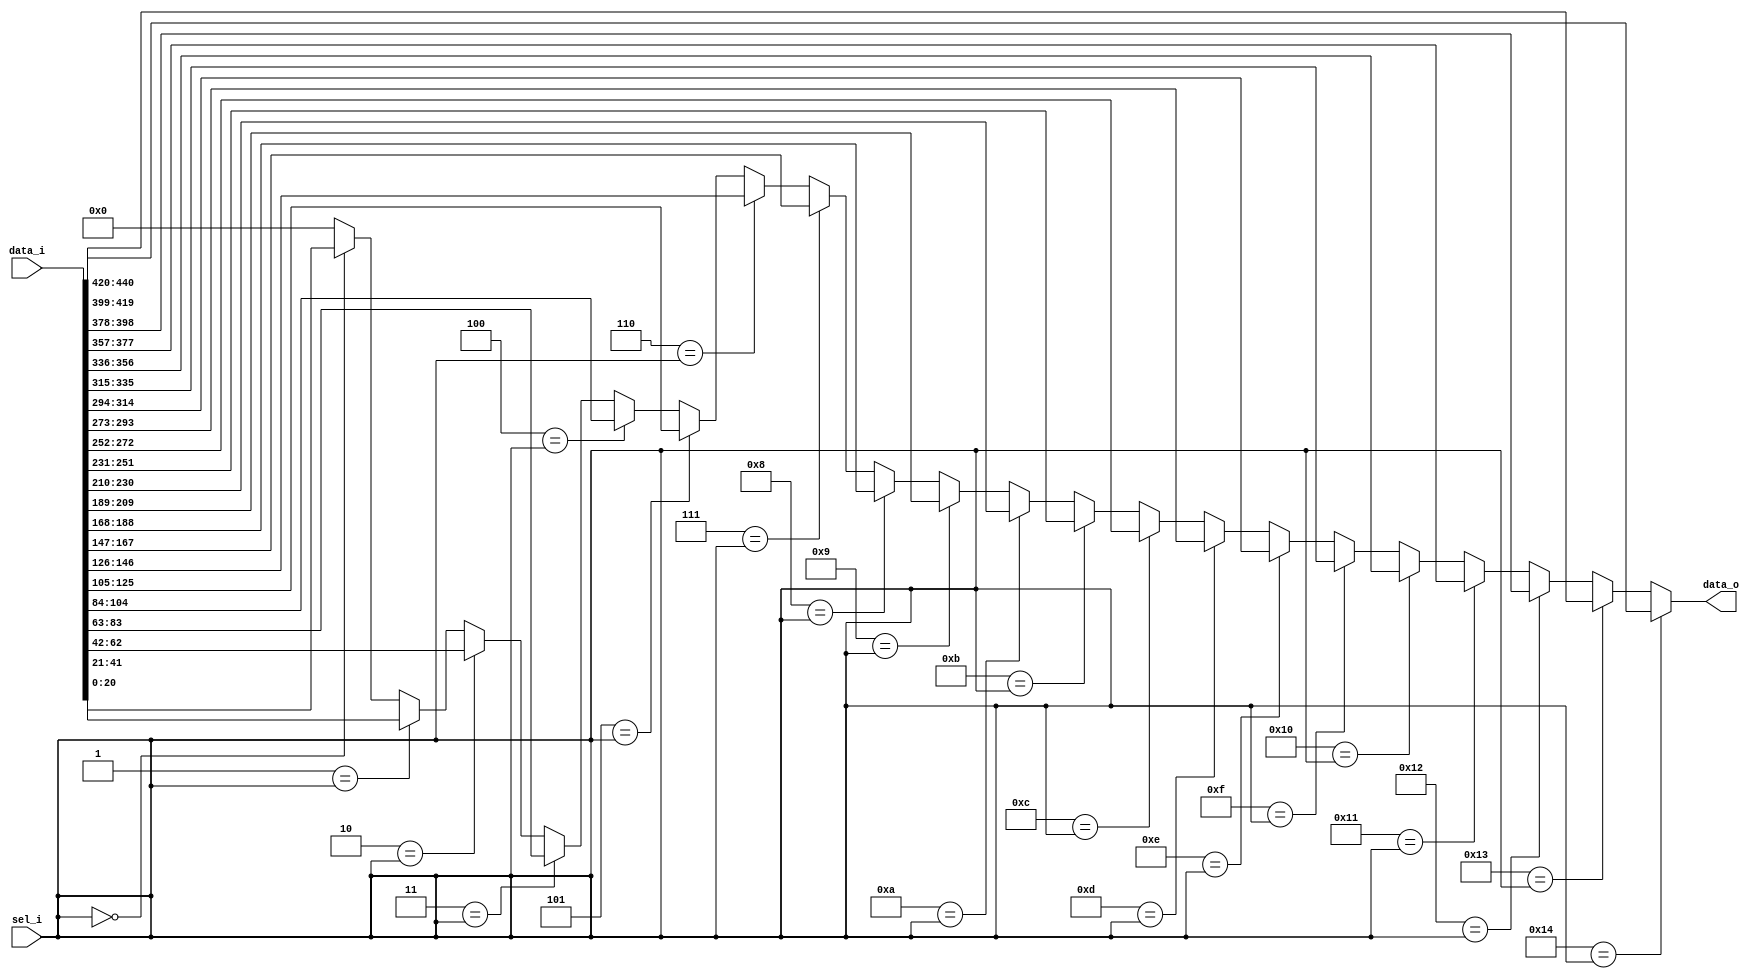
// This program was cloned from: https://github.com/IObundle/iob-soc
// License: MIT License

`timescale 1ns / 1ps


module iob_mux #(
   parameter DATA_W = 21,
   parameter N      = 21
) (
   input      [($clog2(N)+($clog2(N)==0))-1:0] sel_i,
   input      [                (N*DATA_W)-1:0] data_i,
   output reg [                    DATA_W-1:0] data_o
);

   integer input_sel;
   always @* begin
      data_o = {DATA_W{1'b0}};
      for (input_sel = 0; input_sel < N; input_sel = input_sel + 1) begin : gen_mux
         if (input_sel == sel_i) begin
            data_o = data_i[input_sel*DATA_W+:DATA_W];
         end
      end
   end

endmodule